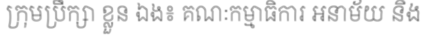
ក្រុមប្រឹក្សា ខ្លួន ឯង៖ គណៈកម្មាធិការ អនាម័យ និង